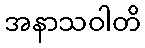
အနာသဝါတိ